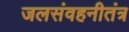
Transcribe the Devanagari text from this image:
जलसंवहनीतंत्र